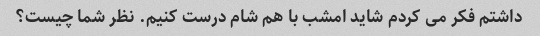
داشتم فکر می کردم شاید امشب با هم شام درست کنیم. نظر شما چیست؟